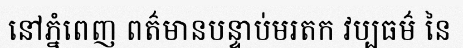
នៅភ្នំពេញ ពត៌មានបន្ទាប់មរតក វប្បធម៌ នៃ